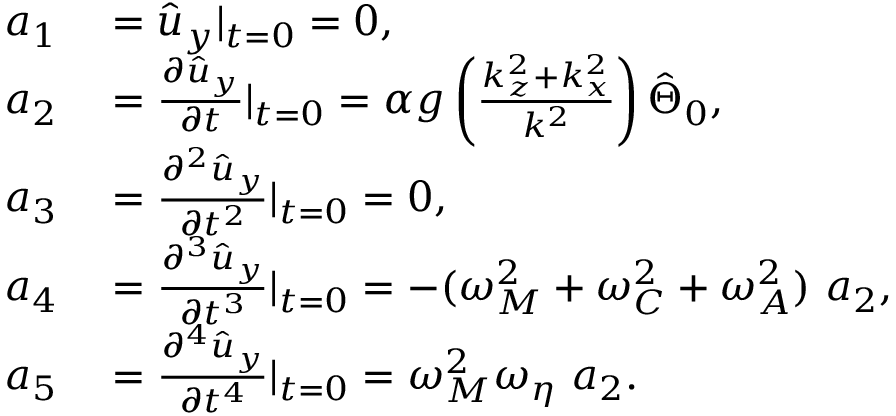
\begin{array} { r l } { a _ { 1 } } & { { } = \hat { u } _ { y } | _ { t = 0 } = 0 , } \\ { a _ { 2 } } & { { } = \frac { \partial { \hat { u } _ { y } } } { \partial { t } } | _ { t = 0 } = \alpha g \left( \frac { k _ { z } ^ { 2 } + k _ { x } ^ { 2 } } { k ^ { 2 } } \right) \hat { \Theta } _ { 0 } , } \\ { a _ { 3 } } & { { } = \frac { \partial ^ { 2 } \hat { u } _ { y } } { \partial { t ^ { 2 } } } | _ { t = 0 } = 0 , } \\ { a _ { 4 } } & { { } = \frac { \partial ^ { 3 } { \hat { u } _ { y } } } { \partial { t ^ { 3 } } } | _ { t = 0 } = - ( \omega _ { M } ^ { 2 } + \omega _ { C } ^ { 2 } + \omega _ { A } ^ { 2 } ) ~ a _ { 2 } , } \\ { a _ { 5 } } & { { } = \frac { \partial ^ { 4 } { \hat { u } _ { y } } } { \partial { t ^ { 4 } } } | _ { t = 0 } = \omega _ { M } ^ { 2 } \omega _ { \eta } ~ a _ { 2 } . } \end{array}